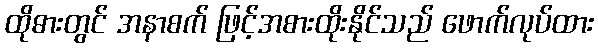
ထိုဓားတွင် အနာစက် ဖြင့်အစားထိုးနိုင်သည် ဖောက်လုပ်ထား